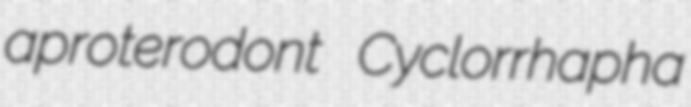
aproterodont Cyclorrhapha